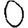
Digit: 0